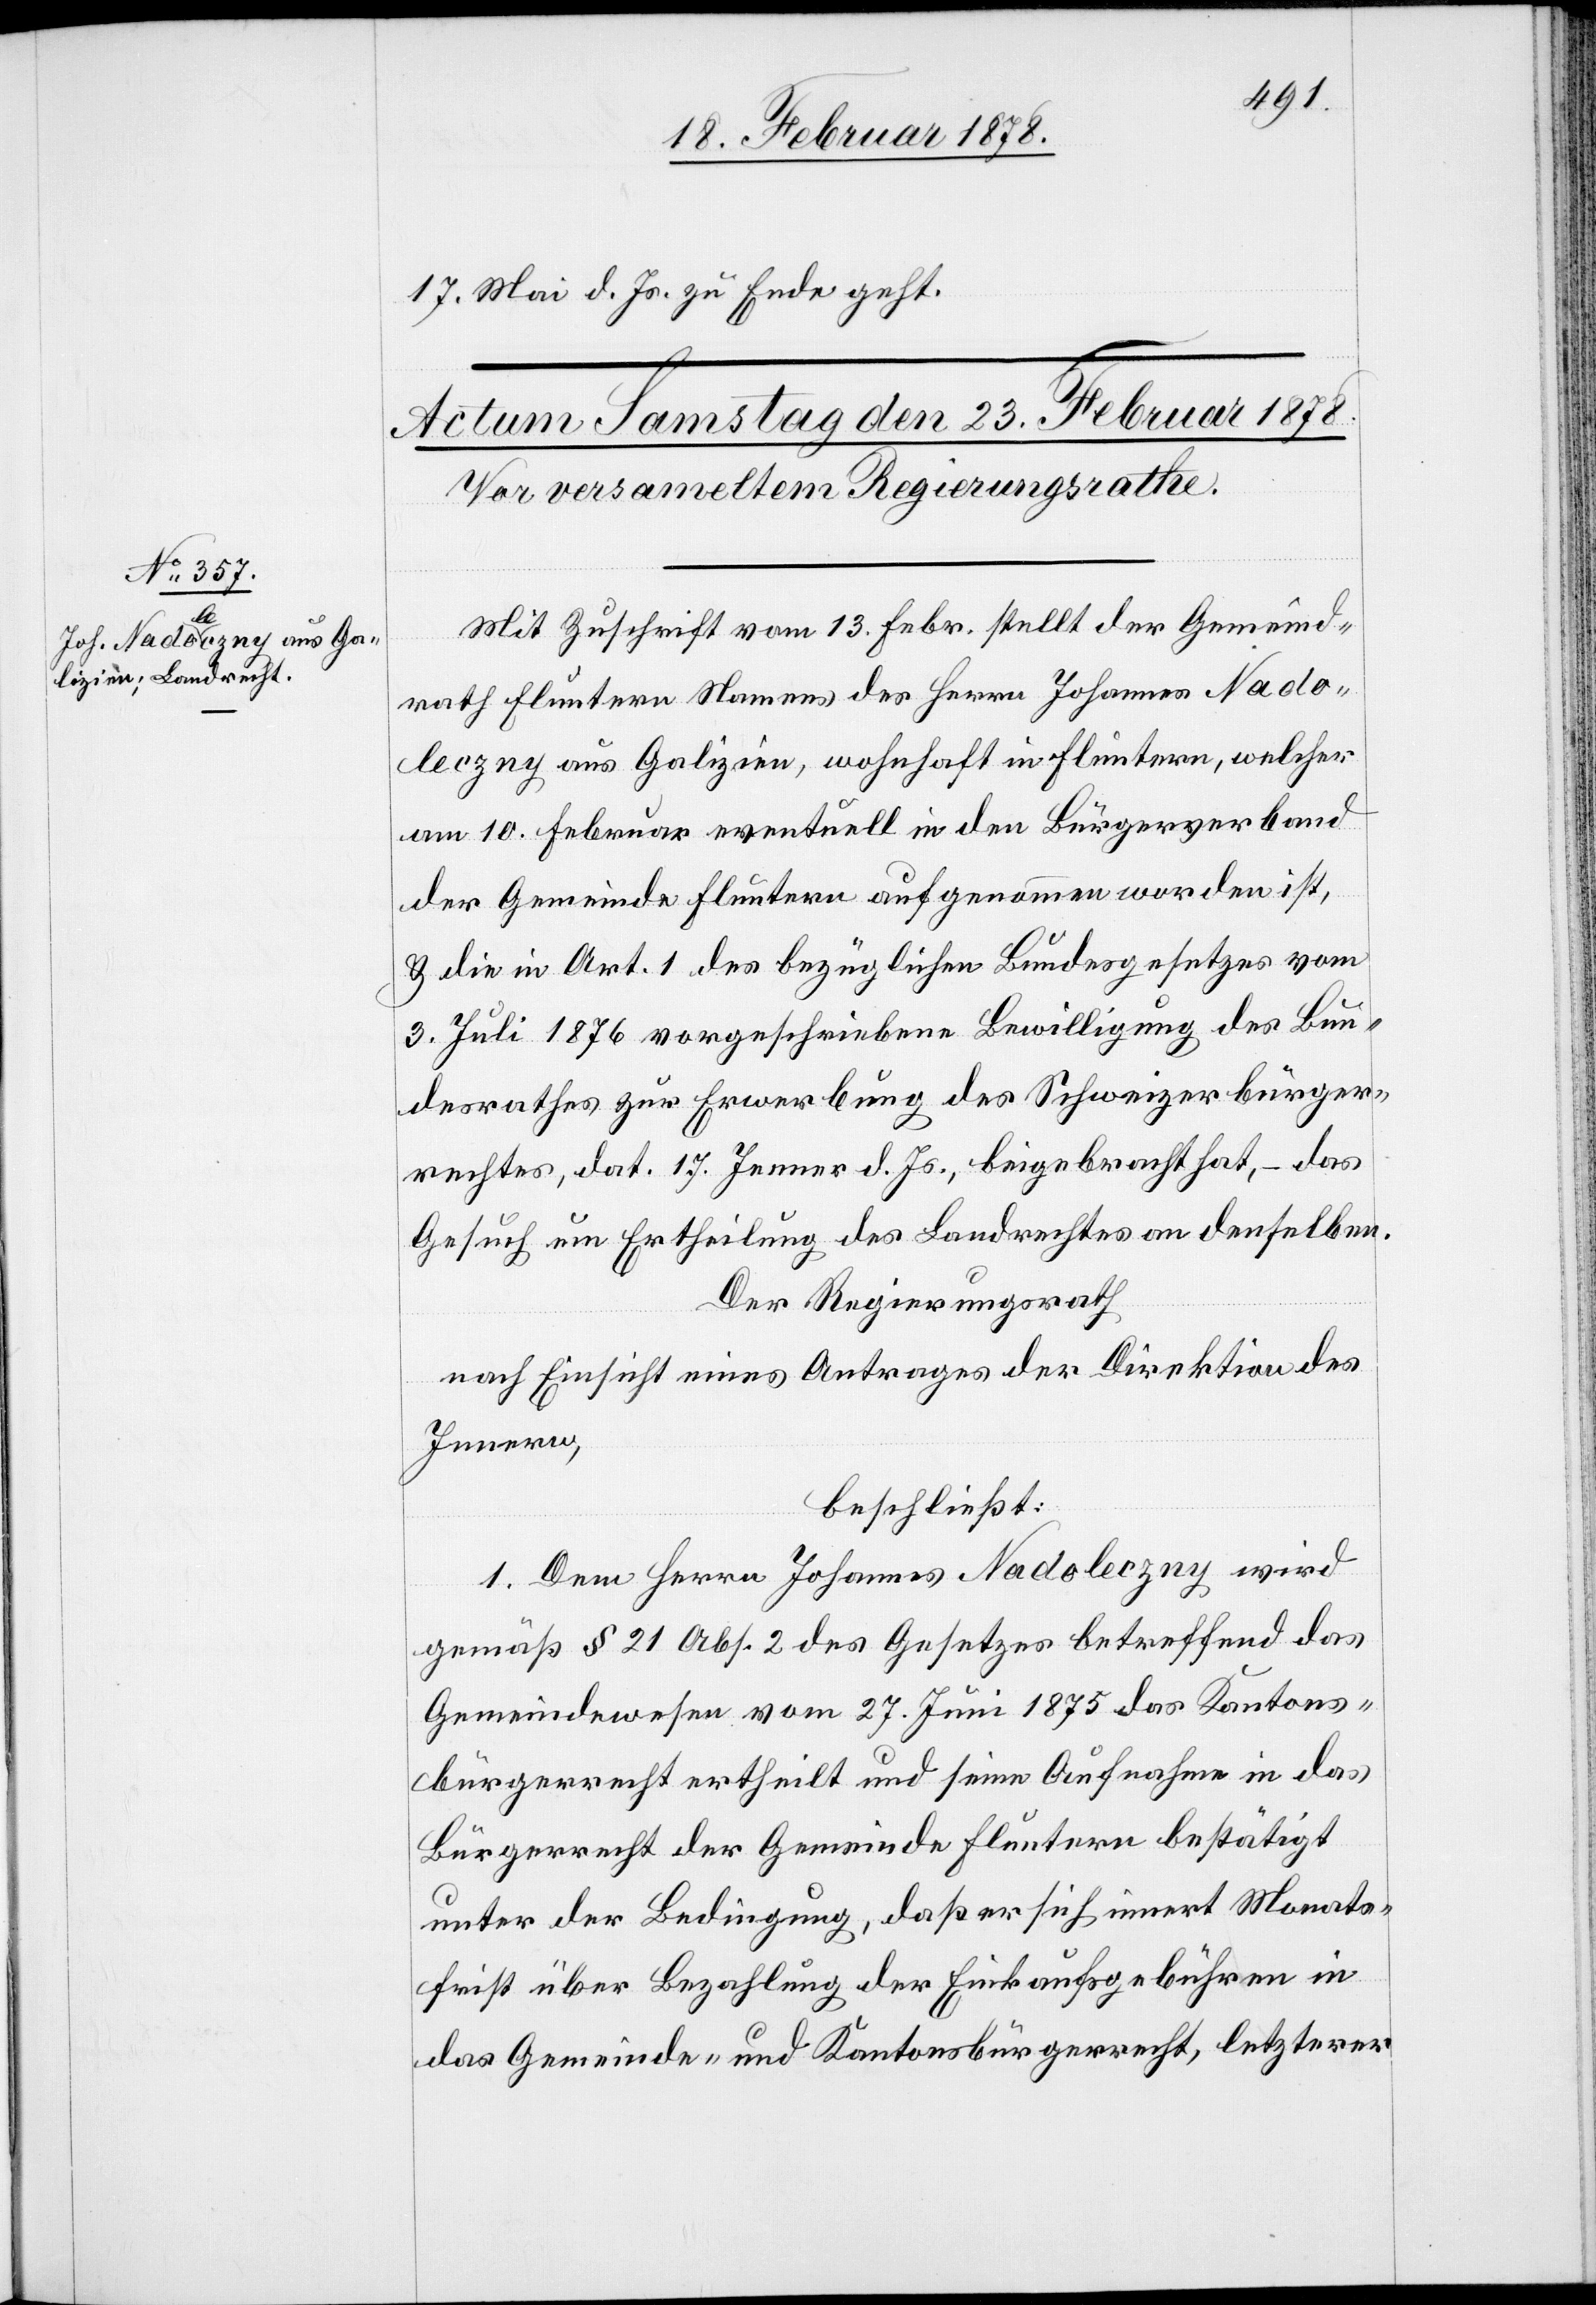
17. Mai d. Js. zu Ende geht.
Mit Zuschrift vom 13. Febr. stellt der Gemeind¬
rath Fluntern Namens des Herrn Johannes Nado¬
leczny aus Galizien, wohnhaft in Fluntern, welcher
am 10. Februar eventuell in den Bürgerverband
der Gemeinde Fluntern aufgenommen worden ist,
& die in Art. 1 des bezüglichen Bundesgesetzes vom
3. Juli 1876 vorgeschriebene Bewilligung des Bun¬
desrathes zur Erwerbung des Schweizerbürger¬
rechtes, dat. 17. Jenner d. Js., beigebracht hat, – das
Gesuch um Ertheilung des Landrechtes an denselben.
Der Regierungsrath
nach Einsicht eines Antrages der Direktion des
Innern,
beschließt:
1. Dem Herrn Johannes Nadoleczny wird
gemäß § 21 Abs. 2 des Gesetzes betreffend das
Gemeindewesen vom 27. Juni 1875 das Kantons¬
bürgerrecht ertheilt und seine Aufnahme in das
Bürgerrecht der Gemeinde Fluntern bestätigt
unter der Bedingung, daß er sich innert Monats¬
frist über Bezahlung der Einkaufsgebühren in
das Gemeinde- und Kantonsbürgerrecht, letzterer